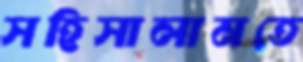
সহিসালামতে